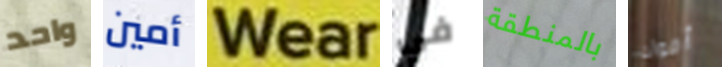
واحد أمين Wear في بالمنطقة أموات